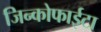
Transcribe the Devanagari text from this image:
जिन्कोफाईटा